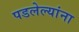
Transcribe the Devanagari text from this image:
पडलेल्यांना